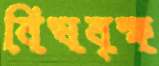
বিষবৃক্ষ